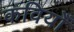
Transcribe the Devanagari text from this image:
कवियोँ